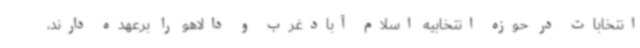
انتخابات در حوزه انتخابیه اسلام آبادغرب و دالاهو را برعهده دارند،